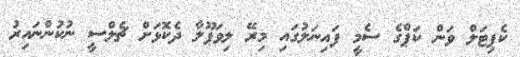
ކެޕިޓަލް ވަން ކަޕްގެ ސެމީ ފައިނަލުގައި މިރޭ ލިވަޕޫލާ ދެކޮޅަށް ޗެލްސީ ނުކުންނައިރު